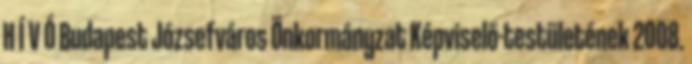
H Í V Ó Budapest Józsefváros Önkormányzat Képviselő-testületének 2008.